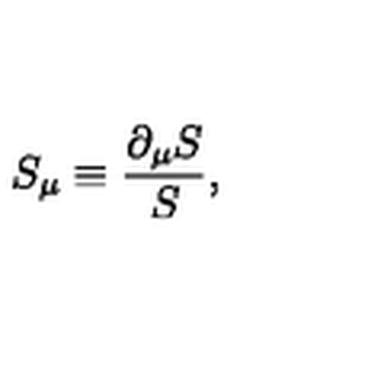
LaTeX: S _ { \mu } \equiv \frac { \partial _ { \mu } S } { S } ,